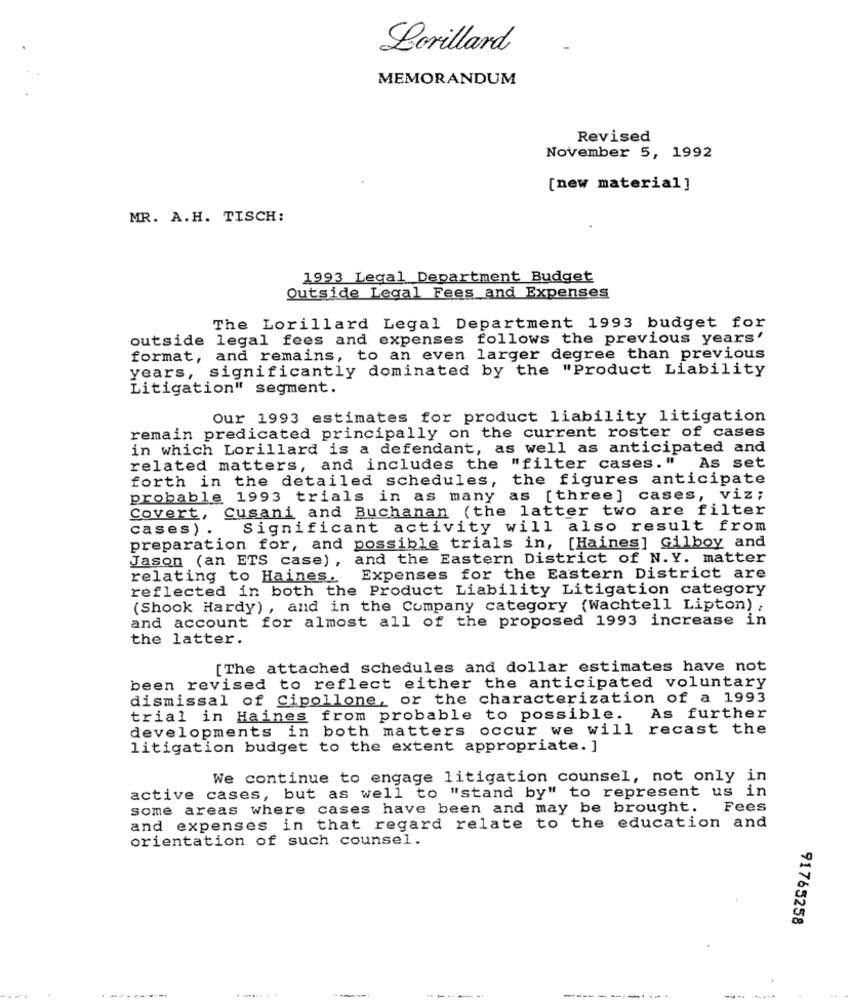
Lorillard
MEMORANDUM
Revised
November 5, 1992
[new material]
MR. A.H. TISCH:
1993 Legal Department Budget
Outside Legal Fees and Expenses
The Lorillard Legal Department 1993 budget for
outside legal fees and expenses follows the previous years'
format, and remains, to an even larger degree than previous
years, significantly dominated by the "Product Liability
Litigation" segment.
Our 1993 estimates for product liability litigation
remain predicated principally on the current roster of cases
in which Lorillard is a defendant, as well as anticipated and
As set
related matters, and includes the "filter cases. "
forth in the detailed schedules, the figures anticipate
probable 1993 trials in as many as [three] cases, viz;
Covert, Cusani and Buchanan (the latter two are filter
cases)
Significant activity will also result from
preparation for, and possible trials in, [Haines] Gilboy and
Jason (an ETS case) , and the Eastern District of N.Y. matter
relating to Haines.
Expenses for the Eastern District are
reflected in both the Product Liability Litigation category
(Shook Hardy) , and in the Company category (Wachtell Lipton) ;
and account for almost all of the proposed 1993 increase in
the latter.
[The attached schedules and dollar estimates have not
been revised to reflect either the anticipated voluntary
dismissal of Cipollone, or the characterization of a 1993
trial in Haines from probable to possible.
As further
developments in both matters occur we will recast the
litigation budget to the extent appropriate. ]
We continue to engage litigation counsel, not only in
active cases, but as well to "stand by" to represent us in
some areas where cases have been and may be brought. Fees
and expenses in that regard relate to the education and
orientation of such counsel.
91765258